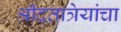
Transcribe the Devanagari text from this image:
श्रीदतात्रेयांचा